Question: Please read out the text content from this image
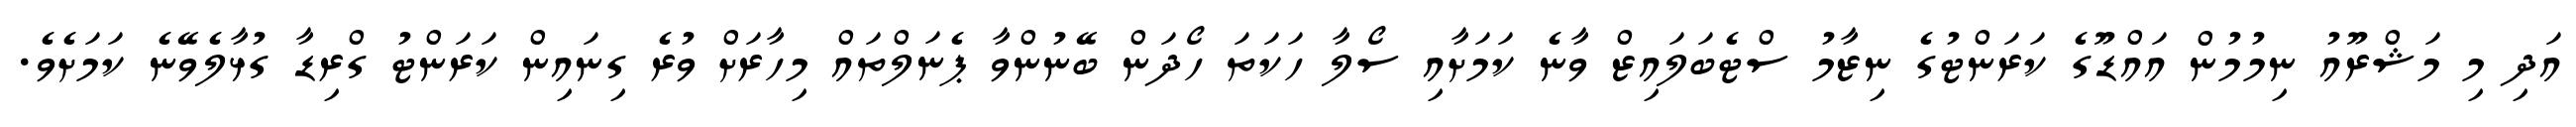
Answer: އަދި މި މަޝްރޫއު ނިމުމުން އައްޑޫގެ ކަރަންޓުގެ ނިޒާމު ސްޓެބަލައިޒް ވާނެ ކަމަށާއި ސޯލާ ހަކަތަ ހޯދަން ބޭނުންވާ ޕެނަލްތައް މިހާރަށް ވުރެ ގިނައިން ކަރަންޓު ގްރިޑާ ގުޅާލެވޭނެ ކަމަށެވެ.